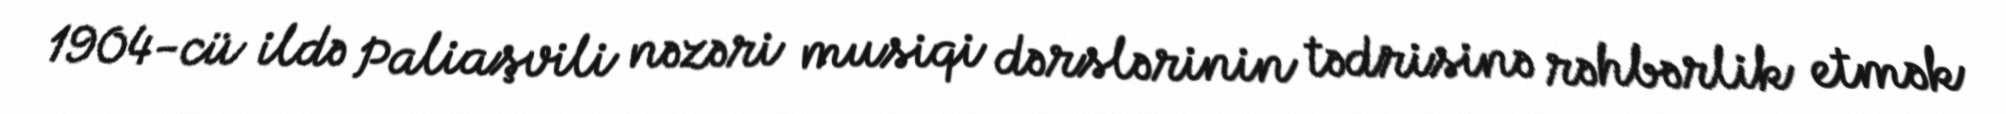
1904-cü ildə Paliaşvili nəzəri musiqi dərslərinin tədrisinə rəhbərlik etmək